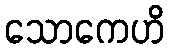
သောကေဟိ